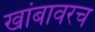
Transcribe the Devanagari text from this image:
खांबावरच